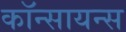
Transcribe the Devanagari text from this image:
कॉन्सायन्स